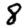
Digit: 8